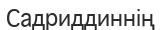
Садриддиннің